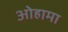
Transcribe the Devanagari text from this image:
ओहामा